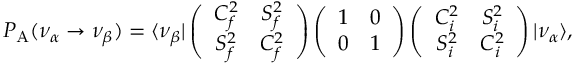
{ \cal P } _ { \mathrm { A } } ( \nu _ { \alpha } \rightarrow \nu _ { \beta } ) = \langle \nu _ { \beta } | \left( \begin{array} { c c } { { C _ { f } ^ { 2 } } } & { { S _ { f } ^ { 2 } } } \\ { { S _ { f } ^ { 2 } } } & { { C _ { f } ^ { 2 } } } \end{array} \right) \left( \begin{array} { c c } { { 1 } } & { { 0 } } \\ { { 0 } } & { { 1 } } \end{array} \right) \left( \begin{array} { c c } { { C _ { i } ^ { 2 } } } & { { S _ { i } ^ { 2 } } } \\ { { S _ { i } ^ { 2 } } } & { { C _ { i } ^ { 2 } } } \end{array} \right) | \nu _ { \alpha } \rangle ,